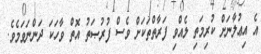
އެ އިޢުލާނަށް ކުރިމަތި ލެއްވި ފަރާތްތަކަށް ވެސް ފުރުޞަތު އޮތް ވާހަކަ ދަންނަވަމެވެ.